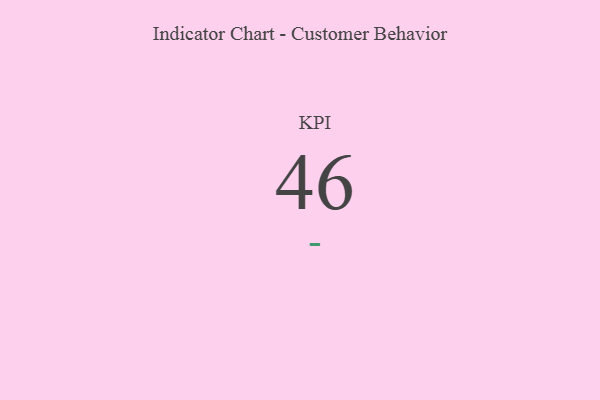
{"axis": {"x": "KPI", "y": "Value"}, "legend": [""], "data": [{"x": "KPI", "y": 46, "type": ""}]}